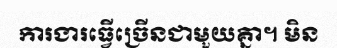
ការងារធ្វើច្រើនជាមួយគ្នា។ មិន